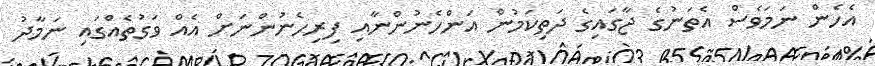
އެހެން ނަމަވެސް އެތަނުގެ ޖާގައިގެ ދަތިކަމުން އަންހެނުންނާއި ފިރިހެނުންނަށް އެއް ވަގުތެއްގައި ނަމާދު